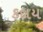
કદાય